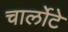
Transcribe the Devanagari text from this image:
चार्लोटे